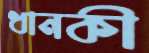
ধানকী